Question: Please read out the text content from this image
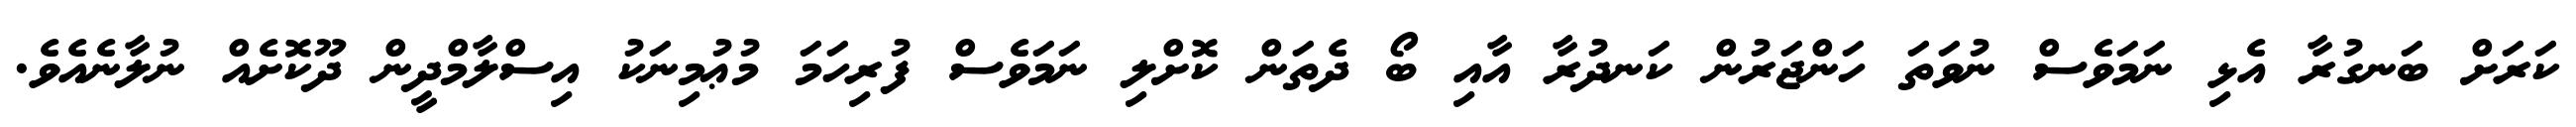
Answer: ކަރަށް ބަނގުރާ އެޅި ނަމަވެސް ނުވަތަ ހަންޖަރުން ކަނދުރާ އާއި ބޯ ދެތަން ކޮށްލި ނަމަވެސް ފުރިހަމަ މުޢުމިނަކު އިސްލާމްދީން ދޫކޮށެއް ނުލާނެއެވެ.